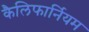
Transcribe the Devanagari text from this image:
कैलिफार्नियम